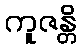
ကူဇန္တိ